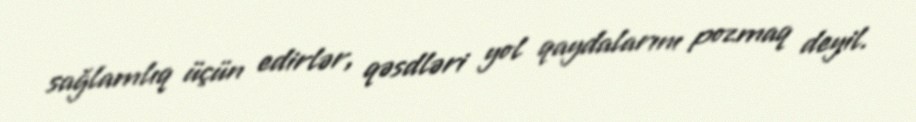
sağlamlıq üçün edirlər, qəsdləri yol qaydalarını pozmaq deyil.